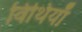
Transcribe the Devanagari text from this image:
विथियाँ